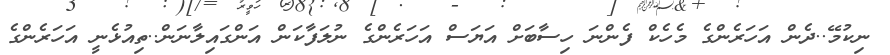
ނިކުމޭ..ދެން އަހަރެންގެ މެހެކް ފެންނަ ހިސާބަށް އަޔަސް އަހަރެންގެ ނުލަފާކަން އަންގައިލާނަން..ތިއުޅެނީ އަހަރެންގެ